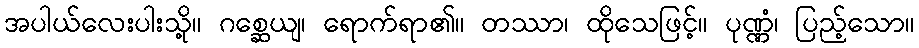
အပါယ်လေးပါးသို့။ ဂစ္ဆေယျ၊ ရောက်ရာ၏။ တဿာ၊ ထိုသေဖြင့်။ ပုဏ္ဏံ၊ ပြည့်သော။